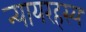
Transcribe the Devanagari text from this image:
न्यायरहस्य